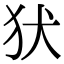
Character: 犾